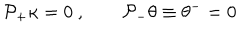
{ \cal P } _ { + } \kappa = 0 \ , \qquad { \cal P } _ { - } \theta \equiv \theta ^ { - } = 0